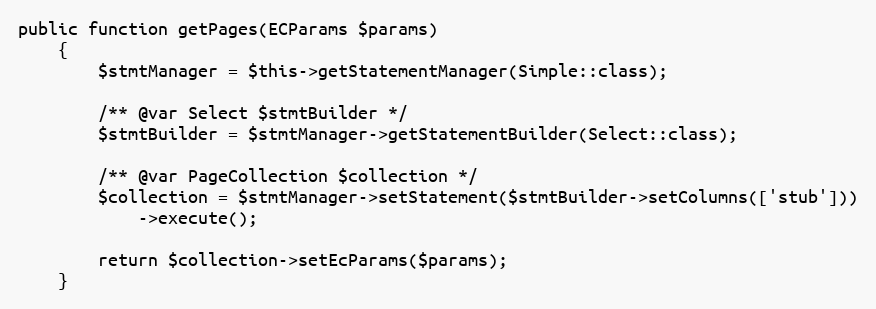
Language: PHP
public function getPages(ECParams $params)
    {
        $stmtManager = $this->getStatementManager(Simple::class);

        /** @var Select $stmtBuilder */
        $stmtBuilder = $stmtManager->getStatementBuilder(Select::class);

        /** @var PageCollection $collection */
        $collection = $stmtManager->setStatement($stmtBuilder->setColumns(['stub']))
            ->execute();

        return $collection->setEcParams($params);
    }